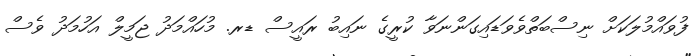
ފުވައްމުލަކަށް ނިސްބަތްވެވަޑައިގަންނަވާ ކުރީގެ ނައިބު ރައީސް ޑރ. މުހައްމަދު ޖަމީލް އަހުމަދު ވެސް